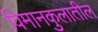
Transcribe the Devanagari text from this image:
विमानकुलातील